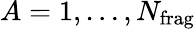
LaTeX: A=1,\ldots,N_{\mathrm{frag}}